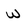
Character: w